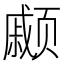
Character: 𫖹